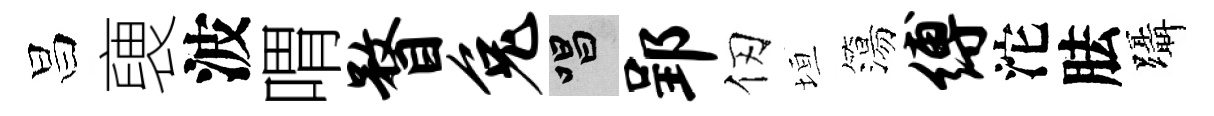
昌褏波喟瞀兔唱郢仞垣簜缚沱胠躡